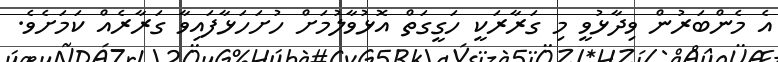
އެ މެންބަރުން ވިދާޅުވީ މި ގަރާރަކީ ހަގީގަތް އޮޅުވާލުމަށް ހުށަހަޅާފައިވާ ގަރާރެއް ކަމަށެވެ.